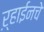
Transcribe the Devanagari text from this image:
ऱ्हाईनचे